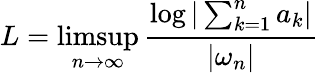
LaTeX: L=\operatorname*{limsup}_{n\to\infty}{\frac{\log\vert\sum_{k=1}^{n}a_{k}\vert}{|\omega_{n}|}}